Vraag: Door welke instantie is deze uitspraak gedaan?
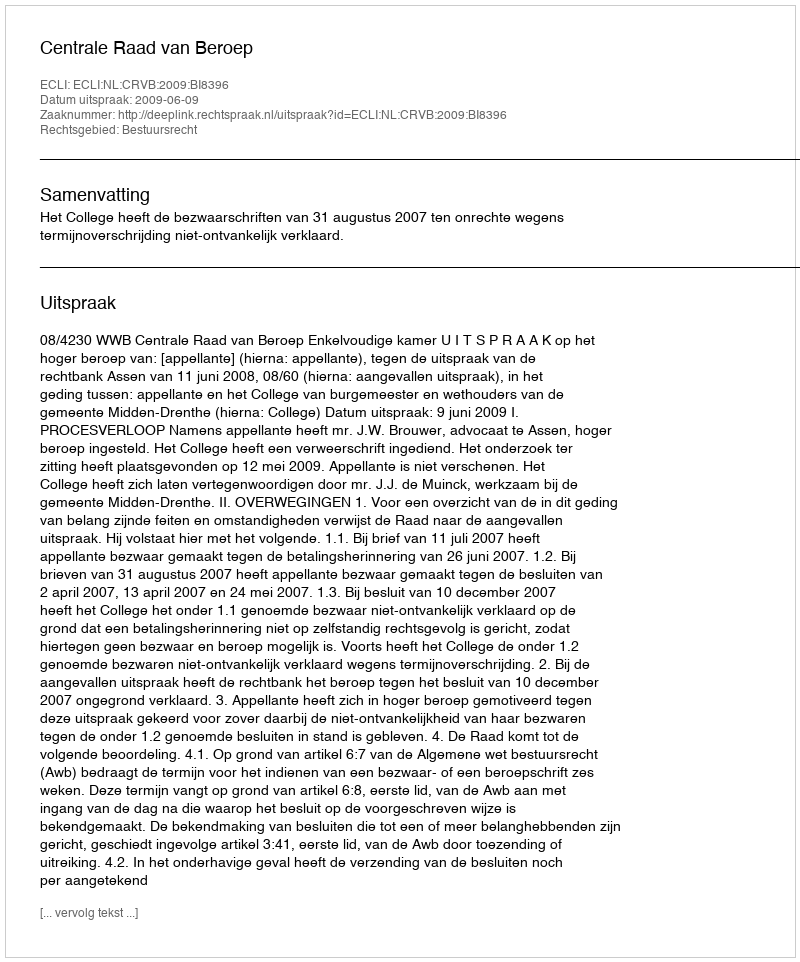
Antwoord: Centrale Raad van Beroep